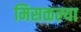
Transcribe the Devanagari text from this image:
मिसळल्या